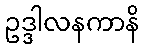
ဥဒ္ဒါလနကာနိ